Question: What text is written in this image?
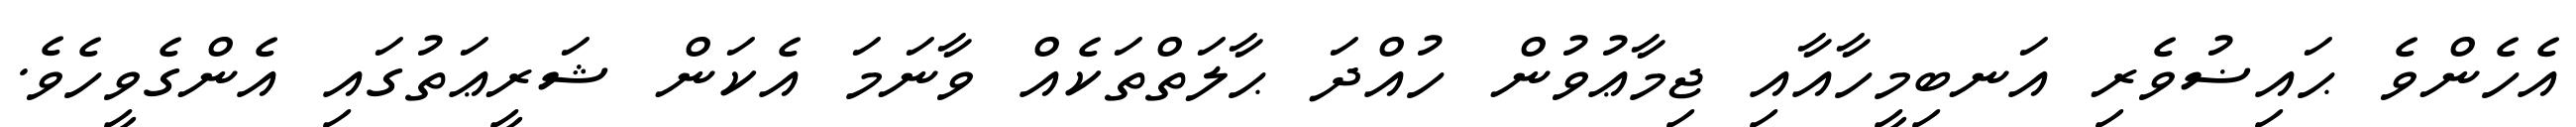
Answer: އެހެންވެ ޙައިޟުވެރި އަނބިމީހާއާއި ޖިމާޢުވުން ހުއްދަ ޙާލަތްތަކެއް ވާނަމަ އެކަން ޝަރީޢަތުގައި އެންގެވީހެވެ.